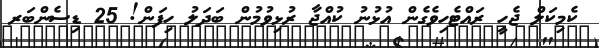
ކެމިކަލް ޖެހީ ރައްޓެހިވެގެން އުޅުނު ކުއްޖާ ރުޅިވުމުން ބަދަލު ހިފަން! 25 ޑިސެންބަރ